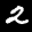
Label: 2